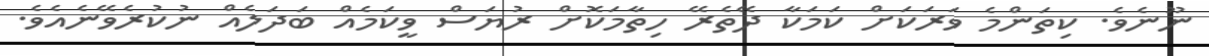
ނޫނެވެ. ކިތަންމެ ވަރަކަށް ކަމަކާ ދޭތެރޭ ހިތާމަކޮށް ރުޔަސް ވީކަމެއް ބަދަލެއް ނުކުރެވޭނެއެވެ.